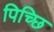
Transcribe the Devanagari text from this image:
पिच्छि